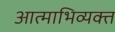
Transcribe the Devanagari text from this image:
आत्माभिव्यक्त